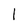
Character: 1